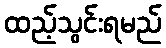
ထည့်သွင်းရမည်